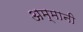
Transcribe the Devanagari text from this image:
अम्मानी